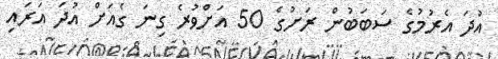
އުދަ އެރުމުގެ ސަބަބުން ރަށުގެ 50 އަށްވުރެ ގިނަ ގެއަށް އުދަ އަރައި